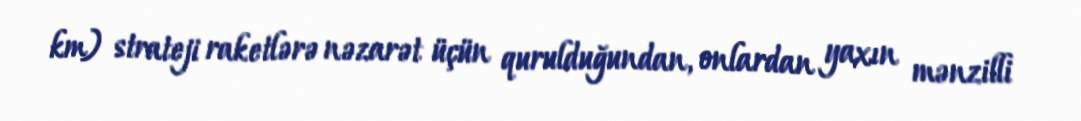
km) strateji raketlərə nəzarət üçün qurulduğundan, onlardan yaxın mənzilli